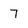
Character: 7